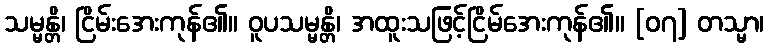
သမ္မန္တိ၊ ငြိမ်းအေးကုန်၏။ ဝူပသမ္မန္တိ၊ အထူးသဖြင့်ငြိမ်အေးကုန်၏။ [၀၇] တသ္မာ၊